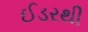
ઈડરથી